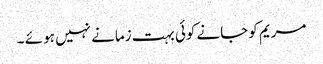
مریم کو جانے کوئی بہت زمانے نہیں ہو ئے ۔